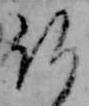
仏